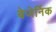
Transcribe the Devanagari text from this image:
बेजेर्निक